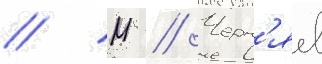
// М // Черн'яев